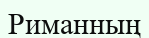
Риманның